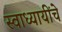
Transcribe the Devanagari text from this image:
स्वाध्यायींचे